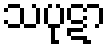
သပုဋာ